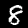
Digit: 8